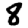
Digit: 8